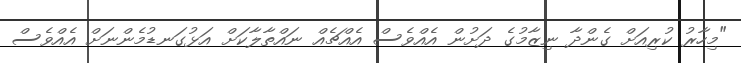
"މިހާރު ކުރިއަށް ގެންދާ ނިޒާމުގެ ދަށުން އެއްވެސް އެއްޗެއް ނައްތާލާކަށް އަޅުގަނޑުމެންނަށް އެއްވެސް